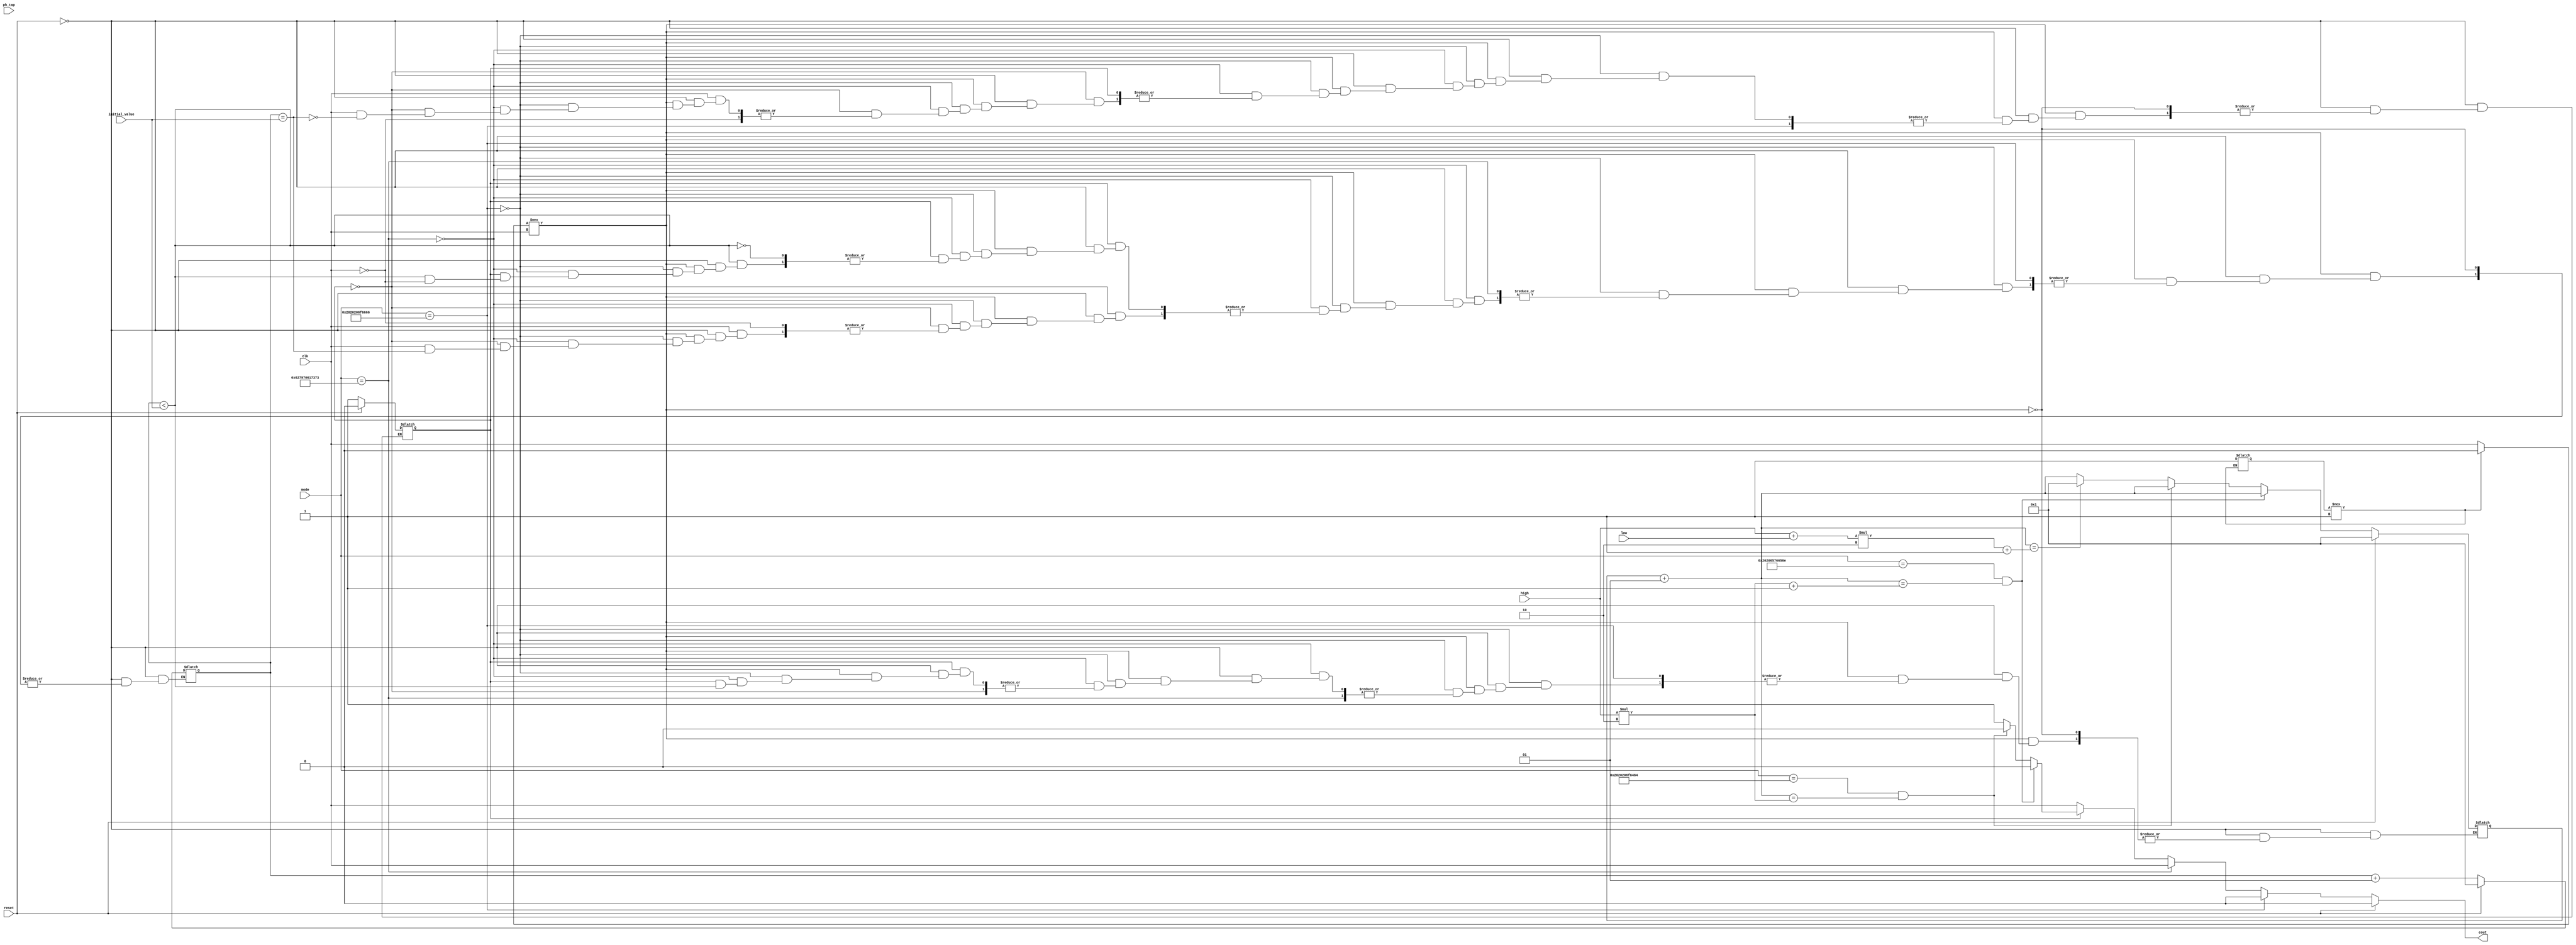
module arriagx_scale_cntr   ( clk,
                                reset,
                                cout,
                                high,
                                low,
                                initial_value,
                                mode,
                                ph_tap);
    input clk;
    input reset;
    input [31:0] high;
    input [31:0] low;
    input [31:0] initial_value;
    input [8*6:1] mode;
    input [31:0] ph_tap;
    output cout;
    reg tmp_cout;
    reg first_rising_edge;
    reg clk_last_value;
    reg init;
    integer count;
    integer output_shift_count;
    reg cout_tmp;
    initial
    begin
        count = 1;
        first_rising_edge = 0;
        tmp_cout = 0;
        output_shift_count = 1;
    end
    always @(clk or reset)
    begin
        if (init !== 1'b1)
        begin
            clk_last_value = 0;
            init = 1'b1;
        end
        if (reset)
        begin
            count = 1;
            output_shift_count = 1;
            tmp_cout = 0;
            first_rising_edge = 0;
        end
        else if (clk_last_value !== clk)
        begin
            if (mode == "   off")
                tmp_cout = 0;
            else if (mode == "bypass")
            begin
                tmp_cout = clk;
                first_rising_edge = 1;
            end
            else if (first_rising_edge == 0)
            begin
                if (clk == 1)
                begin
                    if (output_shift_count == initial_value)
                    begin
                        tmp_cout = clk;
                        first_rising_edge = 1;
                    end
                    else
                        output_shift_count = output_shift_count + 1;
                end
            end
            else if (output_shift_count < initial_value)
            begin
                if (clk == 1)
                    output_shift_count = output_shift_count + 1;
            end
            else
            begin
                count = count + 1;
                if (mode == "  even" && (count == (high*2) + 1))
                    tmp_cout = 0;
                else if (mode == "   odd" && (count == (high*2)))
                    tmp_cout = 0;
                else if (count == (high + low)*2 + 1)
                begin
                    tmp_cout = 1;
                    count = 1;        
                end
            end
        end
        clk_last_value = clk;
        cout_tmp <= tmp_cout;
    end
    and (cout, cout_tmp, 1'b1);
endmodule